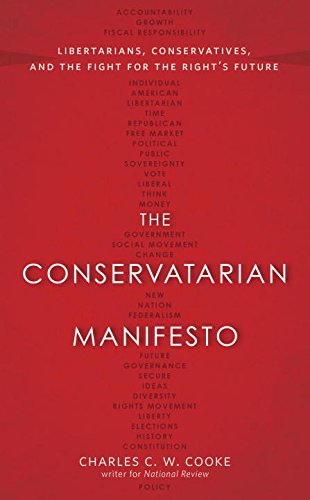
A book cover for The Conservatarian Manifesto: Libertarians, Conservatives, and the Fight for the Right's Future; Charles C.W. Cooke; Politics & Social Sciences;